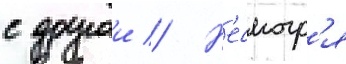
с другои // Н'есмотр'я